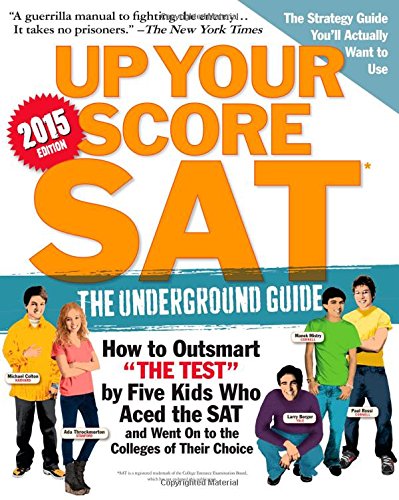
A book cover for Up Your Score: SAT: The Underground Guide, 2015 Edition; Larry Berger; Test Preparation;